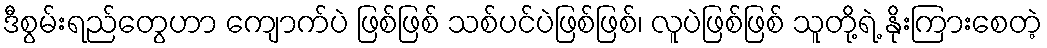
ဒီစွမ်းရည်တွေဟာ ကျောက်ပဲ ဖြစ်ဖြစ် သစ်ပင်ပဲဖြစ်ဖြစ်၊ လူပဲဖြစ်ဖြစ် သူတို့ရဲ့ နိုးကြားစေတဲ့